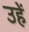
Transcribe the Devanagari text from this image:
उहें